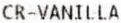
CR-VANILLA